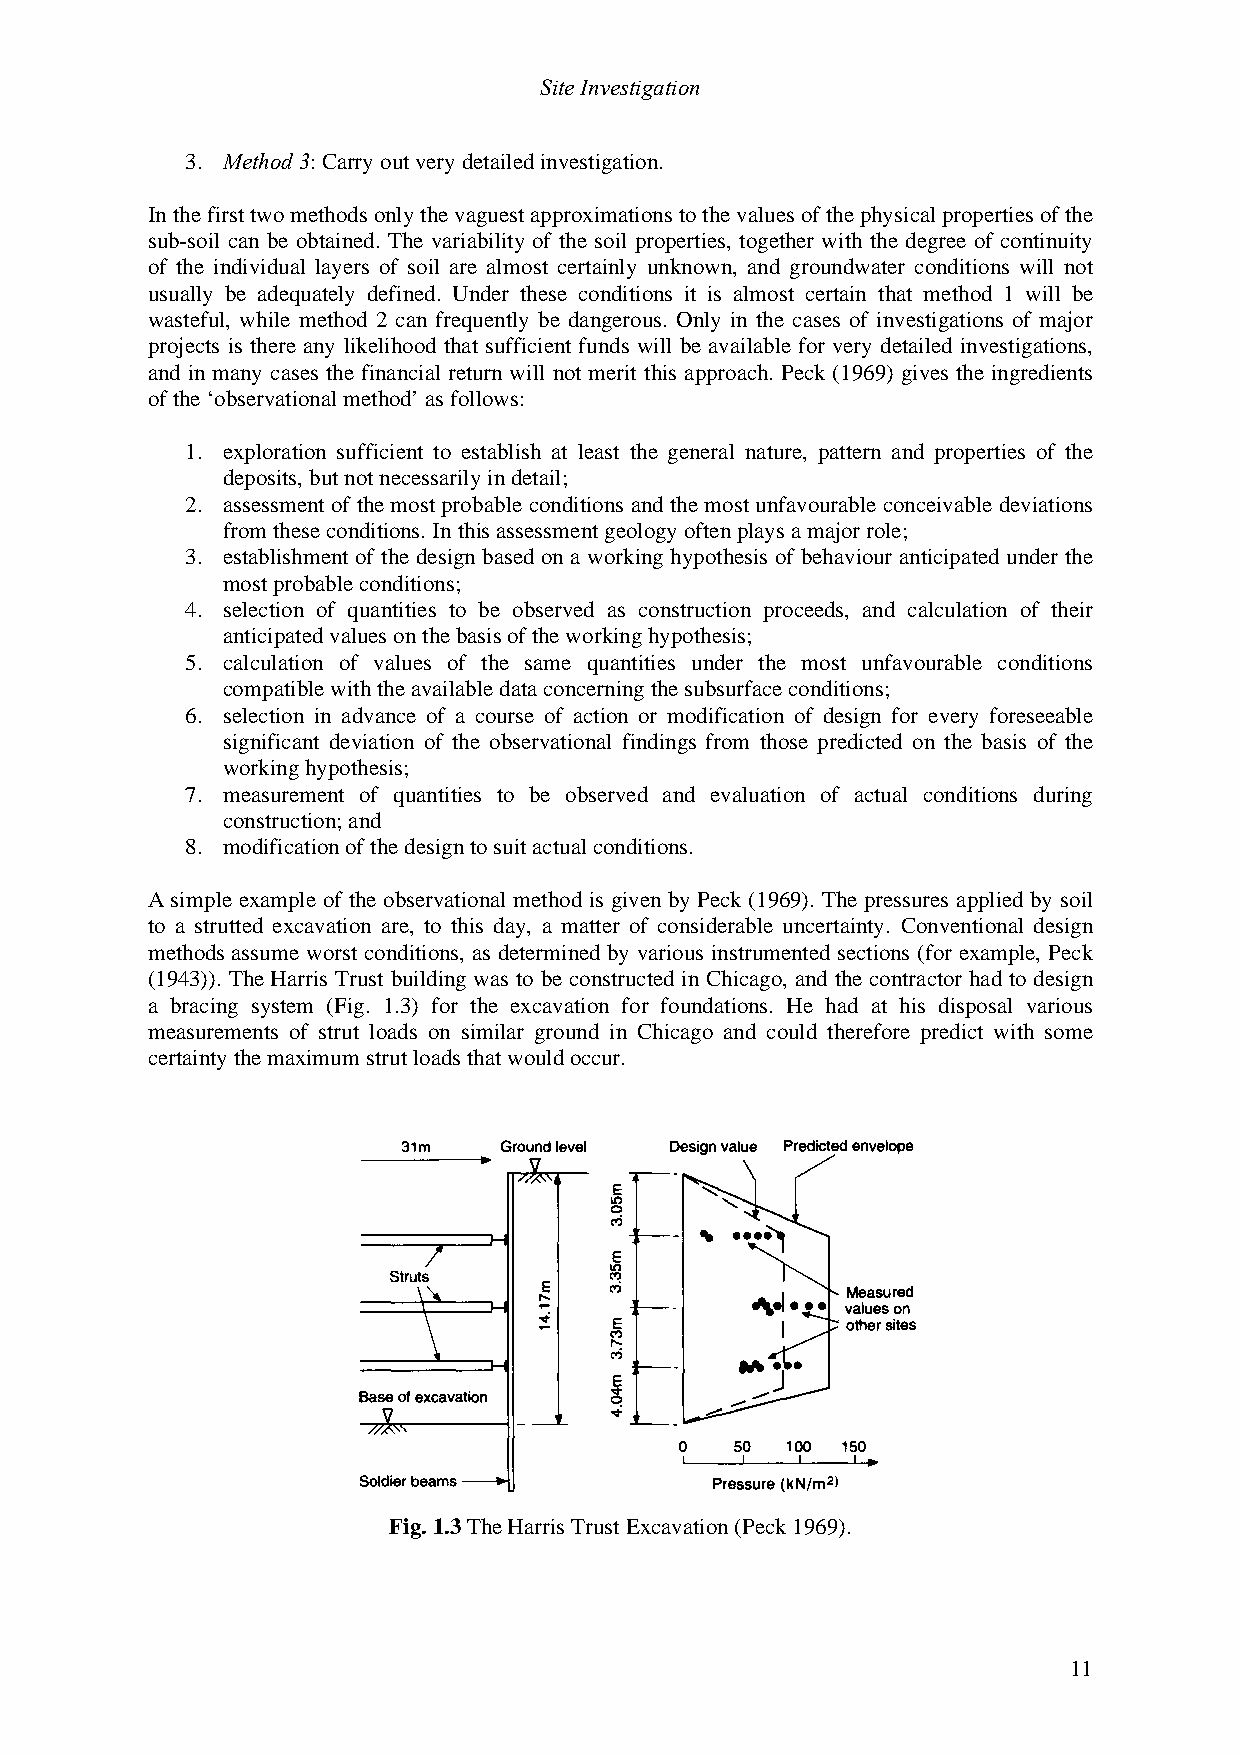
Site Investigation
 3. Method 3: Carry out very detailed investigation.
 In the first two methods only the vaguest approximations to the values of the physical properties of the
 sub-soil can be obtained. The variability of the soil properties, together with the degree of continuity
 of the individual layers of soil are almost certainly unknown, and groundwater conditions will not
 usually be adequately defined. Under these conditions it is almost certain that method 1 will be
 wasteful, while method 2 can frequently be dangerous. Only in the cases of investigations of major
 projects is there any likelihood that sufficient funds will be available for very detailed investigations,
 and in many cases the financial return will not merit this approach. Peck (1969) gives the ingredients
 of the ‘observational method’ as follows:
 1. exploration sufficient to establish at least the general nature, pattern and properties of the
 deposits, but not necessarily in detail;
 2. assessment of the most probable conditions and the most unfavourable conceivable deviations
 from these conditions. In this assessment geology often plays a major role;
 3. establishment of the design based on a working hypothesis of behaviour anticipated under the
 most probable conditions;
 4. selection of quantities to be observed as construction proceeds, and calculation of their
 anticipated values on the basis of the working hypothesis;
 5. calculation of values of the same quantities under the most unfavourable conditions
 compatible with the available data concerning the subsurface conditions;
 6. selection in advance of a course of action or modification of design for every foreseeable
 significant deviation of the observational findings from those predicted on the basis of the
 working hypothesis;
 7. measurement of quantities to be observed and evaluation of actual conditions during
 construction; and
 8. modification of the design to suit actual conditions.
 A simple example of the observational method is given by Peck (1969). The pressures applied by soil
 to a strutted excavation are, to this day, a matter of considerable uncertainty. Conventional design
 methods assume worst conditions, as determined by various instrumented sections (for example, Peck
 (1943)). The Harris Trust building was to be constructed in Chicago, and the contractor had to design
 a bracing system (Fig. 1.3) for the excavation for foundations. He had at his disposal various
 measurements of strut loads on similar ground in Chicago and could therefore predict with some
 certainty the maximum strut loads that would occur.
 Fig. 1.3 The Harris Trust Excavation (Peck 1969).
 11